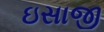
ઇસાજી